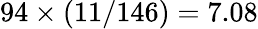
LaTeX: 94\times(11/146)=7.08